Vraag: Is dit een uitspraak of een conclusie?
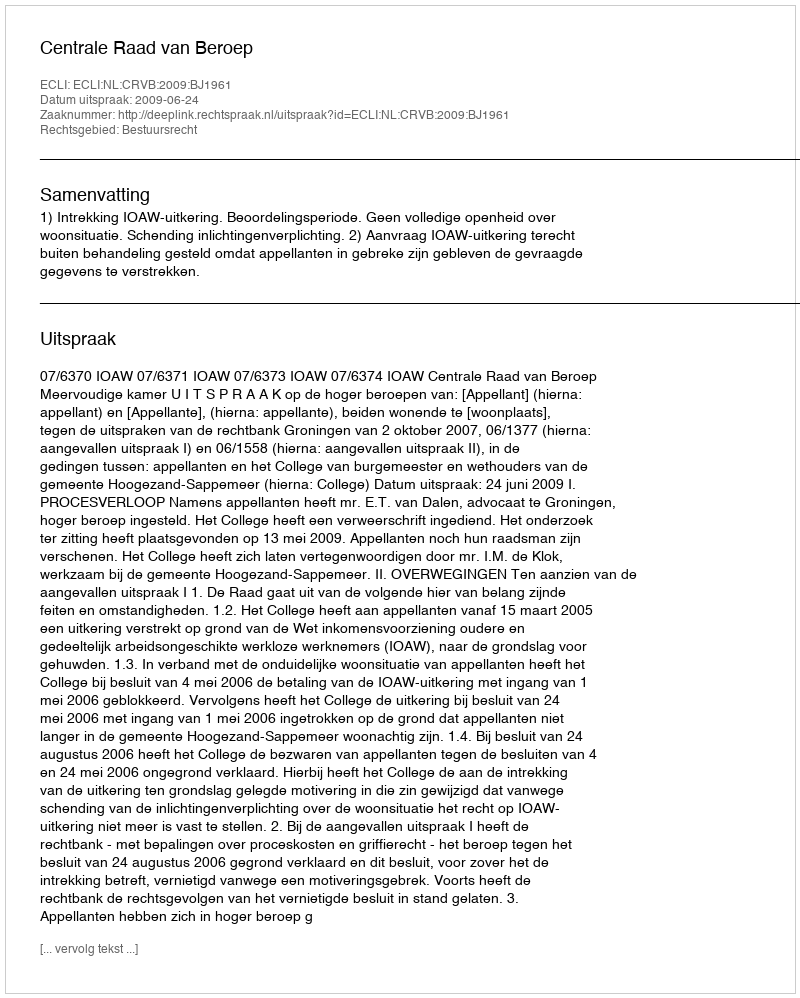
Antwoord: Uitspraak